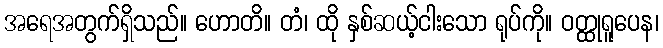
အရေအတွက်ရှိသည်။ ဟောတိ။ တံ၊ ထို နှစ်ဆယ့်ငါးသော ရုပ်ကို။ ဝတ္ထုရူပေန၊